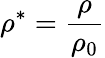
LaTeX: \rho^{*}=\frac{\rho}{\rho_{\mathrm{0}}}